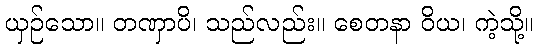
ယှဉ်သော။ တဏှာပိ၊ သည်လည်း။ စေတနာ ဝိယ၊ ကဲ့သို့။